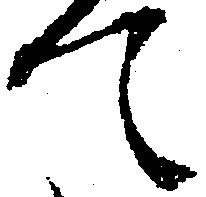
て